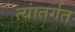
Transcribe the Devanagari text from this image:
त्यांतर्गत